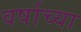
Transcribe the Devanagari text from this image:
वर्षाच्‍या